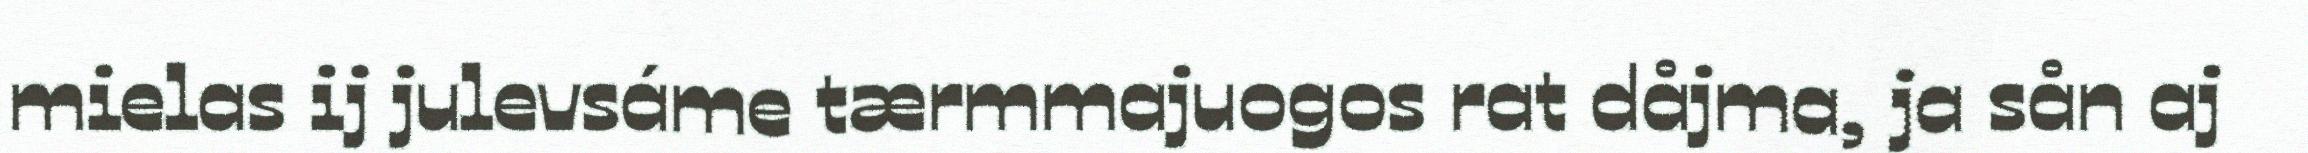
mielas ij julevsáme tærmmajuogos rat dåjma, ja sån aj